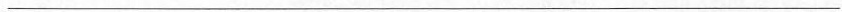
___